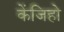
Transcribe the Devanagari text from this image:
केंजिहो